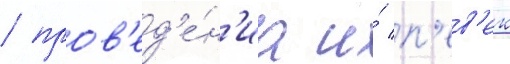
/ пров'ед'е́н'иа и́ п'ев'ек